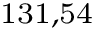
^ \mathrm { 1 3 1 , 5 4 }